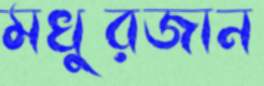
মখুরজান